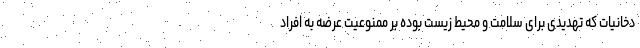
دخانیات که تهدیدی برای سلامت و محیط زیست بوده بر ممنوعیت عرضه به افراد